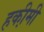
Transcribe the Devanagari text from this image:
हकी़मी